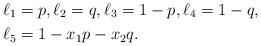
LaTeX: \begin{align*}& \ell_1=p,\ell_2=q,\ell_3=1-p,\ell_4=1-q, \\&\ell_5=1-x_1p-x_2q.\end{align*}